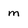
Character: m